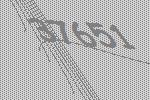
37651